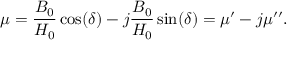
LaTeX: \mu = { \frac { B _ { 0 } } { H _ { 0 } } } \cos ( \delta ) - j { \frac { B _ { 0 } } { H _ { 0 } } } \sin ( \delta ) = \mu ^ { \prime } - j \mu ^ { \prime \prime } .